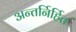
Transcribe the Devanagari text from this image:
अन्तर्निर्हित